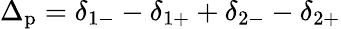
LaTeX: \Delta_{\mathrm{p}}=\delta_{1-}-\delta_{1+}+\delta_{2-}-\delta_{2+}